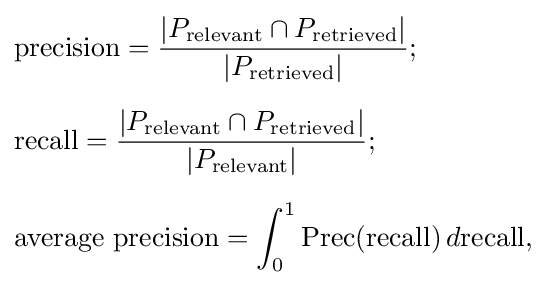
{\begin{aligned}&{\text{precision}}={\frac {\left|P_{\text{relevant}}\cap P_{\text{retrieved}}\right|}{\left|P_{\text{retrieved}}\right|}};\\[6pt]&{\text{recall}}={\frac {\left|P_{\text{relevant}}\cap P_{\text{retrieved}}\right|}{\left|P_{\text{relevant}}\right|}};\\[6pt]&{\text{average precision}}=\int _{0}^{1}{\text{Prec}}({\text{recall}})\,d{\text{recall}},\\\end{aligned}}